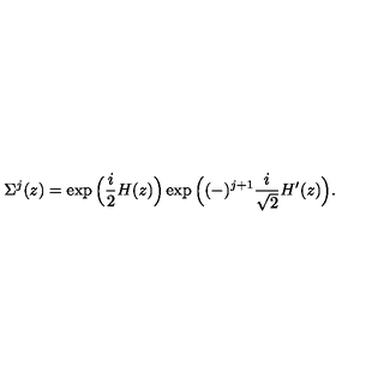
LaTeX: \Sigma ^ { j } ( z ) = \exp \Big ( { \frac { i } { 2 } } H ( z ) \Big ) \exp \Big ( ( - ) ^ { j + 1 } { \frac { i } { \sqrt 2 } } { H ^ { \prime } } ( z ) \Big ) .